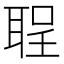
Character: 𫆅